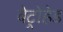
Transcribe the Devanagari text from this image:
बेट्रोहेड